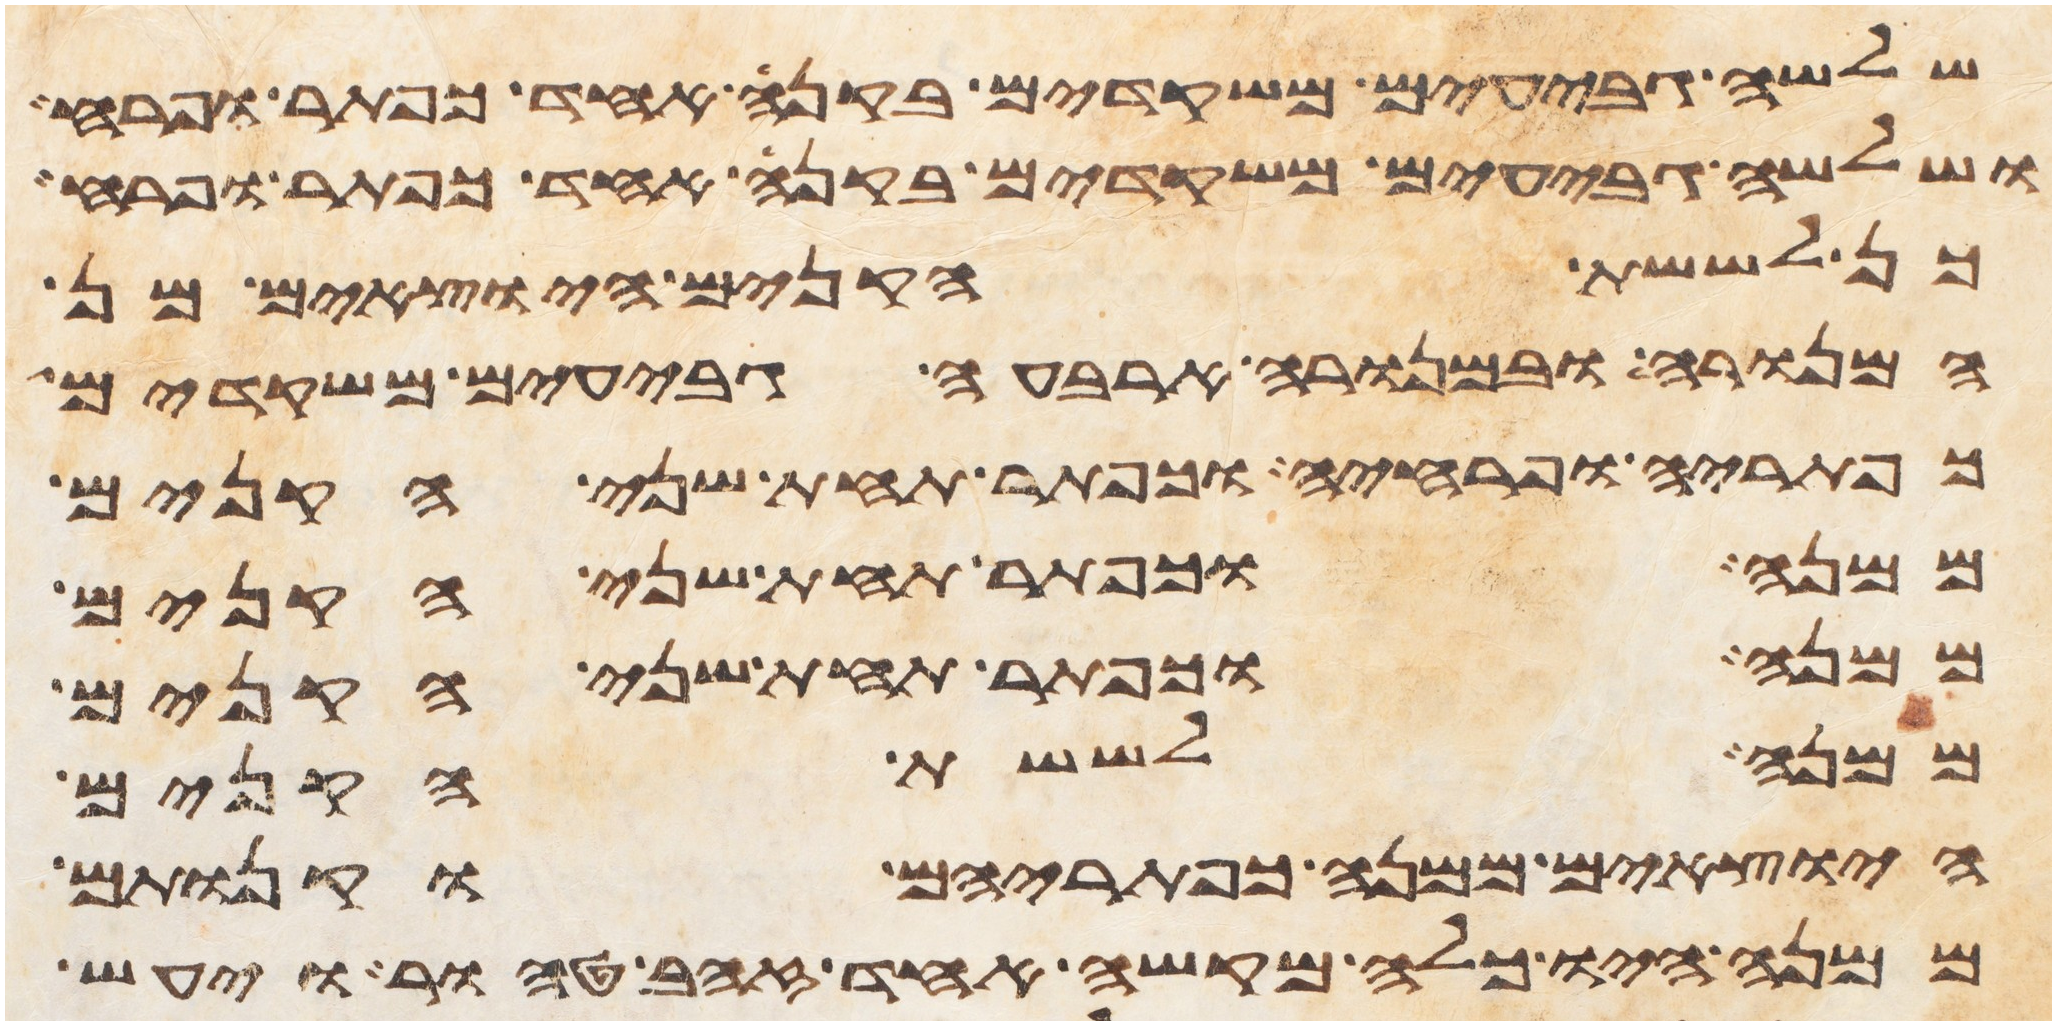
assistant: שלשה גבעים משקדים בקנה אחד כפתר ופרח
ושלשה גבעים משקדים בקנה אחד כפתר ופרח
כן לששת הקנים היוצאים מן
המנורה ובמנורה ארבעה גבעים משקדים
כפתריה ופרחיה וכפתר תחת שני הקנים
ממנה וכפתר תחת שני הקנים
ממנה וכפתר תחת שני הקנים
ממנה לששת הקנים
היצאים ממנה כפתריהם וקנותם
ממנה היו כלה מקשה אחד זהב טהור ויעש